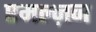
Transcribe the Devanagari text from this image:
एमल्ज़न